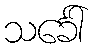
သင်္ခေါ